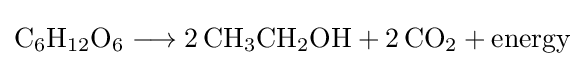
{\mathrm {C} {\vphantom {A}}_{\smash[{t}]{6}}\mathrm {H} {\vphantom {A}}_{\smash[{t}]{12}}\mathrm {O} {\vphantom {A}}_{\smash[{t}]{6}}{}\mathrel {\longrightarrow } {}2\,\mathrm {CH} {\vphantom {A}}_{\smash[{t}]{3}}\mathrm {CH} {\vphantom {A}}_{\smash[{t}]{2}}\mathrm {OH} {}+{}2\,\mathrm {CO} {\vphantom {A}}_{\smash[{t}]{2}}{}+{}\mathrm {energy} }